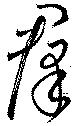
群